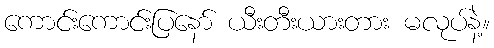
ကောင်းကောင်းပြနော် ယီးတီးယားတား မလုပ်နဲ့။